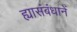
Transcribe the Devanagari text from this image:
ह्यासंबंधानें